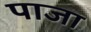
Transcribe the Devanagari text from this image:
पाजा